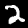
Digit: 2